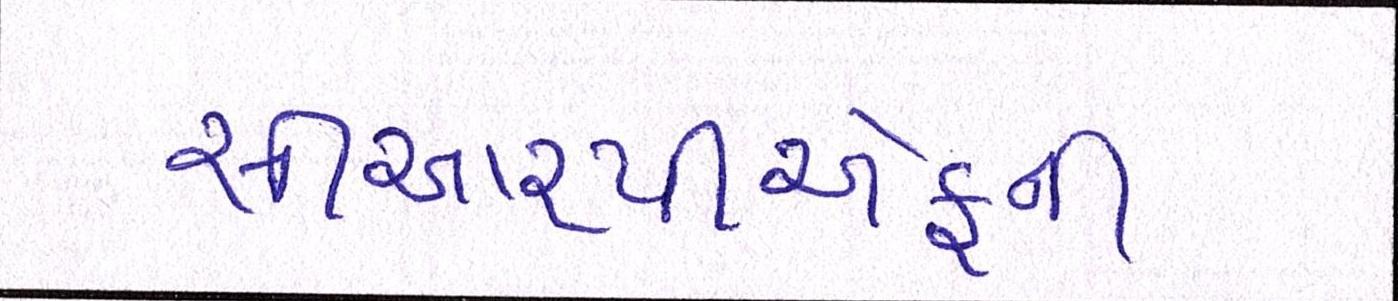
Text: સીઆરપીએફની